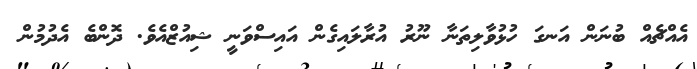
އެއްޗެއް ބުނަން އަނގަ ހުޅުވާލިތަނާ ނޫރު އުރާލައިގެން އައިސްވަނީ ޝިއުޒްއެވެ. ދޮންބެ އެދުމުން